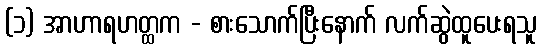
(၁) အာဟာရဟတ္ထက - စားသောက်ပြီးနောက် လက်ဆွဲထူပေးရသူ